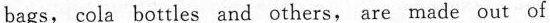
bags, cola bottles and others, are made out of m